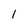
Character: 1